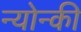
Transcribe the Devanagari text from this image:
न्योन्की